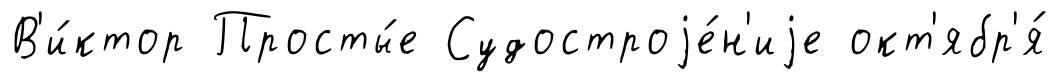
В'и́ктор Просты́е Судостроjе́н'иjе окт'ябр'я́